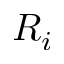
R _ { i }